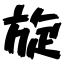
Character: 旋